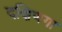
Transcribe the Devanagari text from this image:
दक्षिणगा